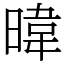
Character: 暐